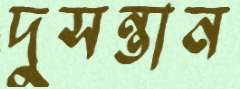
দুসন্তান